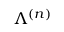
\Lambda ^ { ( n ) }